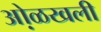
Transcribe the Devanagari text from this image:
ओ़ळखली